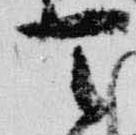
天